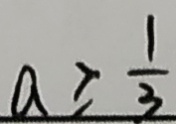
a \geq \frac { 1 } { 3 }